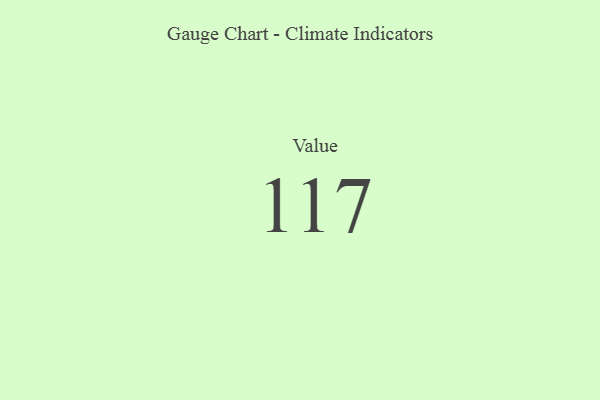
{"axis": {"x": "Metric", "y": "Value"}, "legend": [""], "data": [{"x": "Value", "y": 117, "type": ""}]}